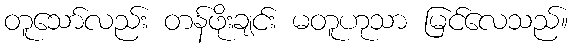
တူသော်လည်း တန်ဖိုးချင်း မတူဟုသာ မြင်လေသည်။